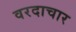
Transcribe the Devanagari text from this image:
वरदाचार